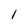
Character: I